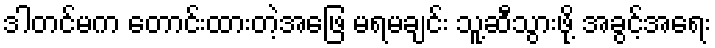
ဒါတင်မက တောင်းထားတဲ့အဖြေ မရမချင်း သူ့ဆီသွားဖို့ အခွင့်အရေး